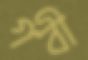
গবী